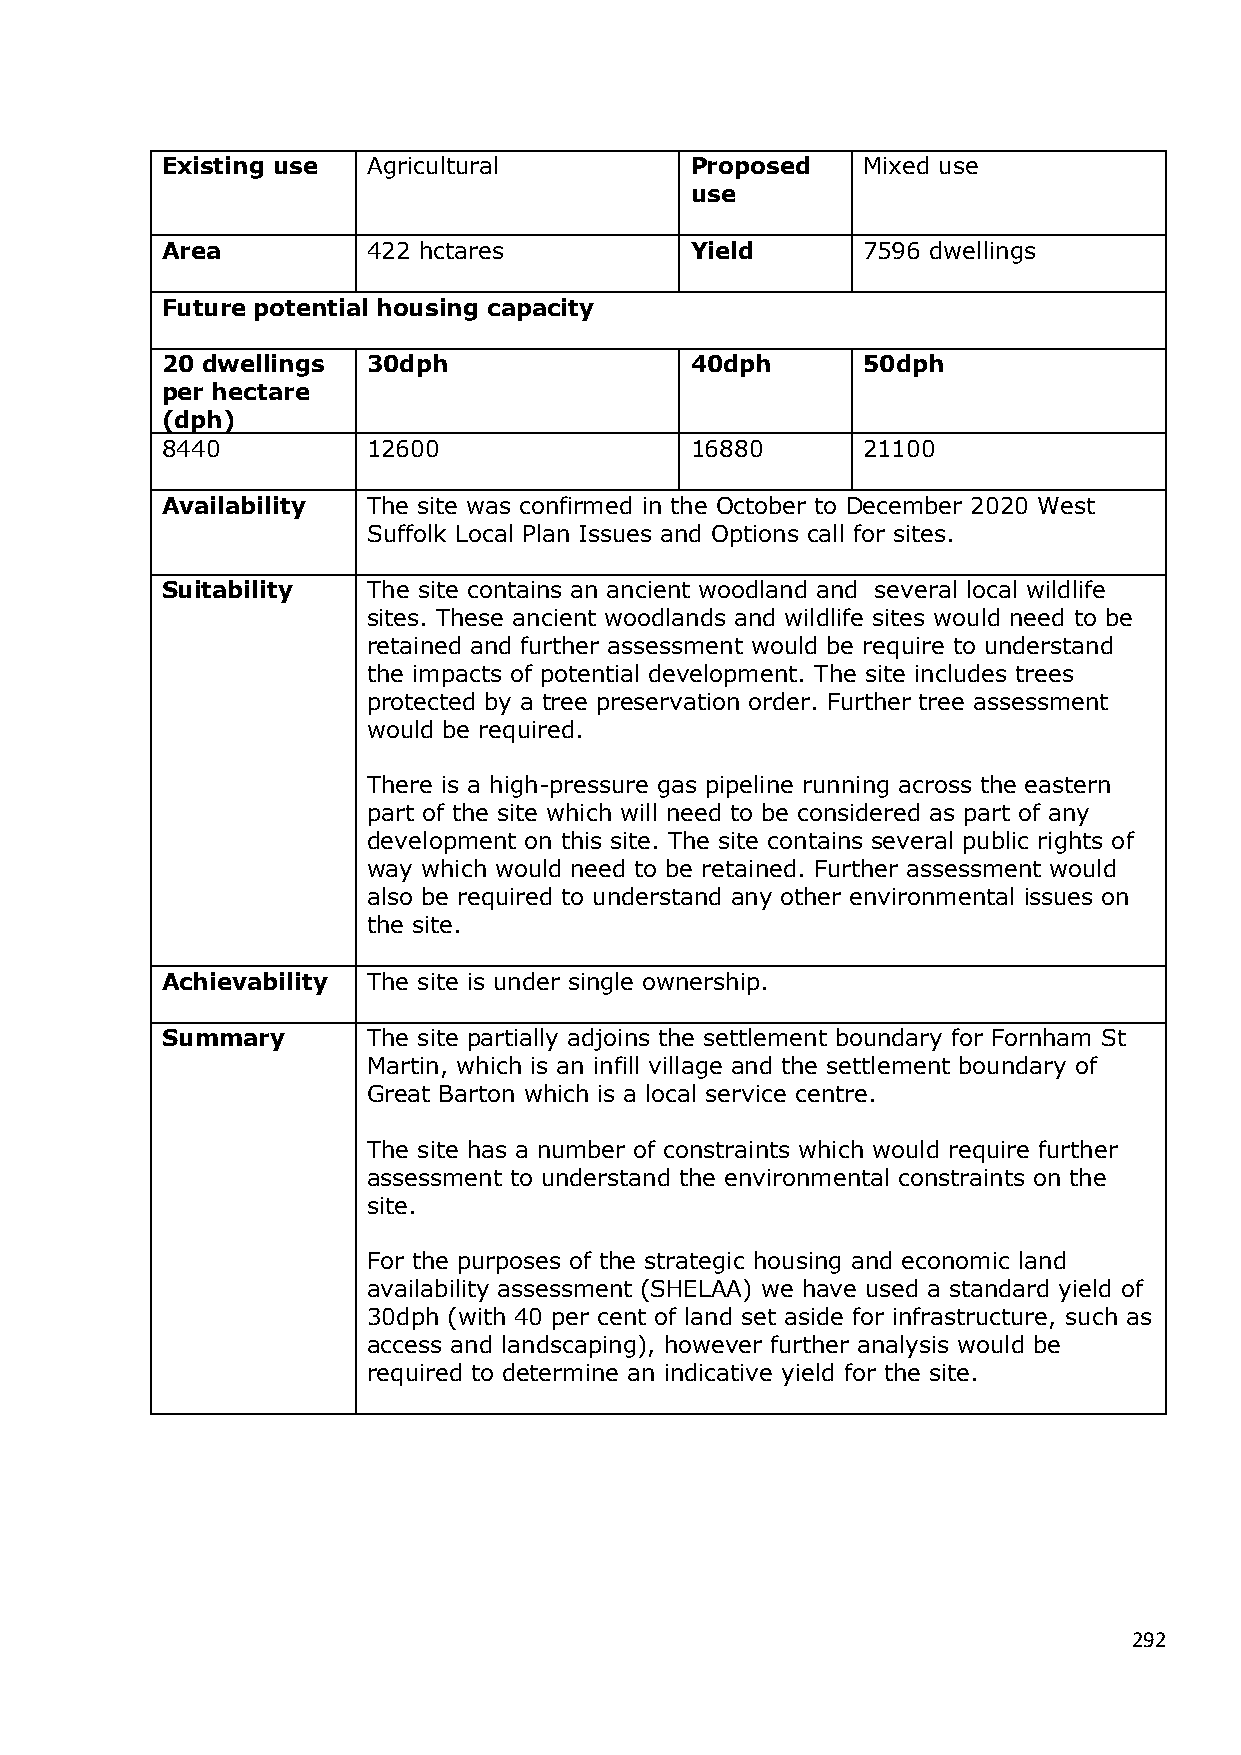
Existing use Agricultural          Proposed   Mixed use
 use
 Area         422 hctares           Yield      7596 dwellings
 Future potential housing capacity
 20 dwellings 30dph                 40dph      50dph
 per hectare
 (dph)
 8440         12600                 16880      21100
 Availability The site was confirmed in the October to December 2020 West
 Suffolk Local Plan Issues and Options call for sites.
 Suitability  The site contains an ancient woodland and several local wildlife
 sites. These ancient woodlands and wildlife sites would need to be
 retained and further assessment would be require to understand
 the impacts of potential development. The site includes trees
 protected by a tree preservation order. Further tree assessment
 would be required.
 There is a high-pressure gas pipeline running across the eastern
 part of the site which will need to be considered as part of any
 development on this site. The site contains several public rights of
 way which would need to be retained. Further assessment would
 also be required to understand any other environmental issues on
 the site.
 Achievability The site is under single ownership.
 Summary      The site partially adjoins the settlement boundary for Fornham St
 Martin, which is an infill village and the settlement boundary of
 Great Barton which is a local service centre.
 The site has a number of constraints which would require further
 assessment to understand the environmental constraints on the
 site.
 For the purposes of the strategic housing and economic land
 availability assessment (SHELAA) we have used a standard yield of
 30dph (with 40 per cent of land set aside for infrastructure, such as
 access and landscaping), however further analysis would be
 required to determine an indicative yield for the site.
 292